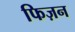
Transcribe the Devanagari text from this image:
फिज़न